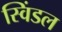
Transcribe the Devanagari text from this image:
स्विंडल